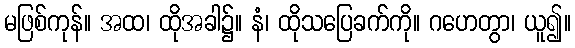
မဖြစ်ကုန်။ အထ၊ ထိုအခါ၌။ နံ၊ ထိုသပြေခက်ကို။ ဂဟေတွာ၊ ယူ၍။